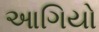
આગિયો